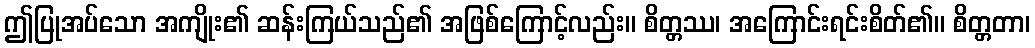
ဤပြုအပ်သော အကျိုး၏ ဆန်းကြယ်သည်၏ အဖြစ်ကြောင့်လည်း။ စိတ္တဿ၊ အကြောင်းရင်းစိတ်၏။ စိတ္တတာ၊